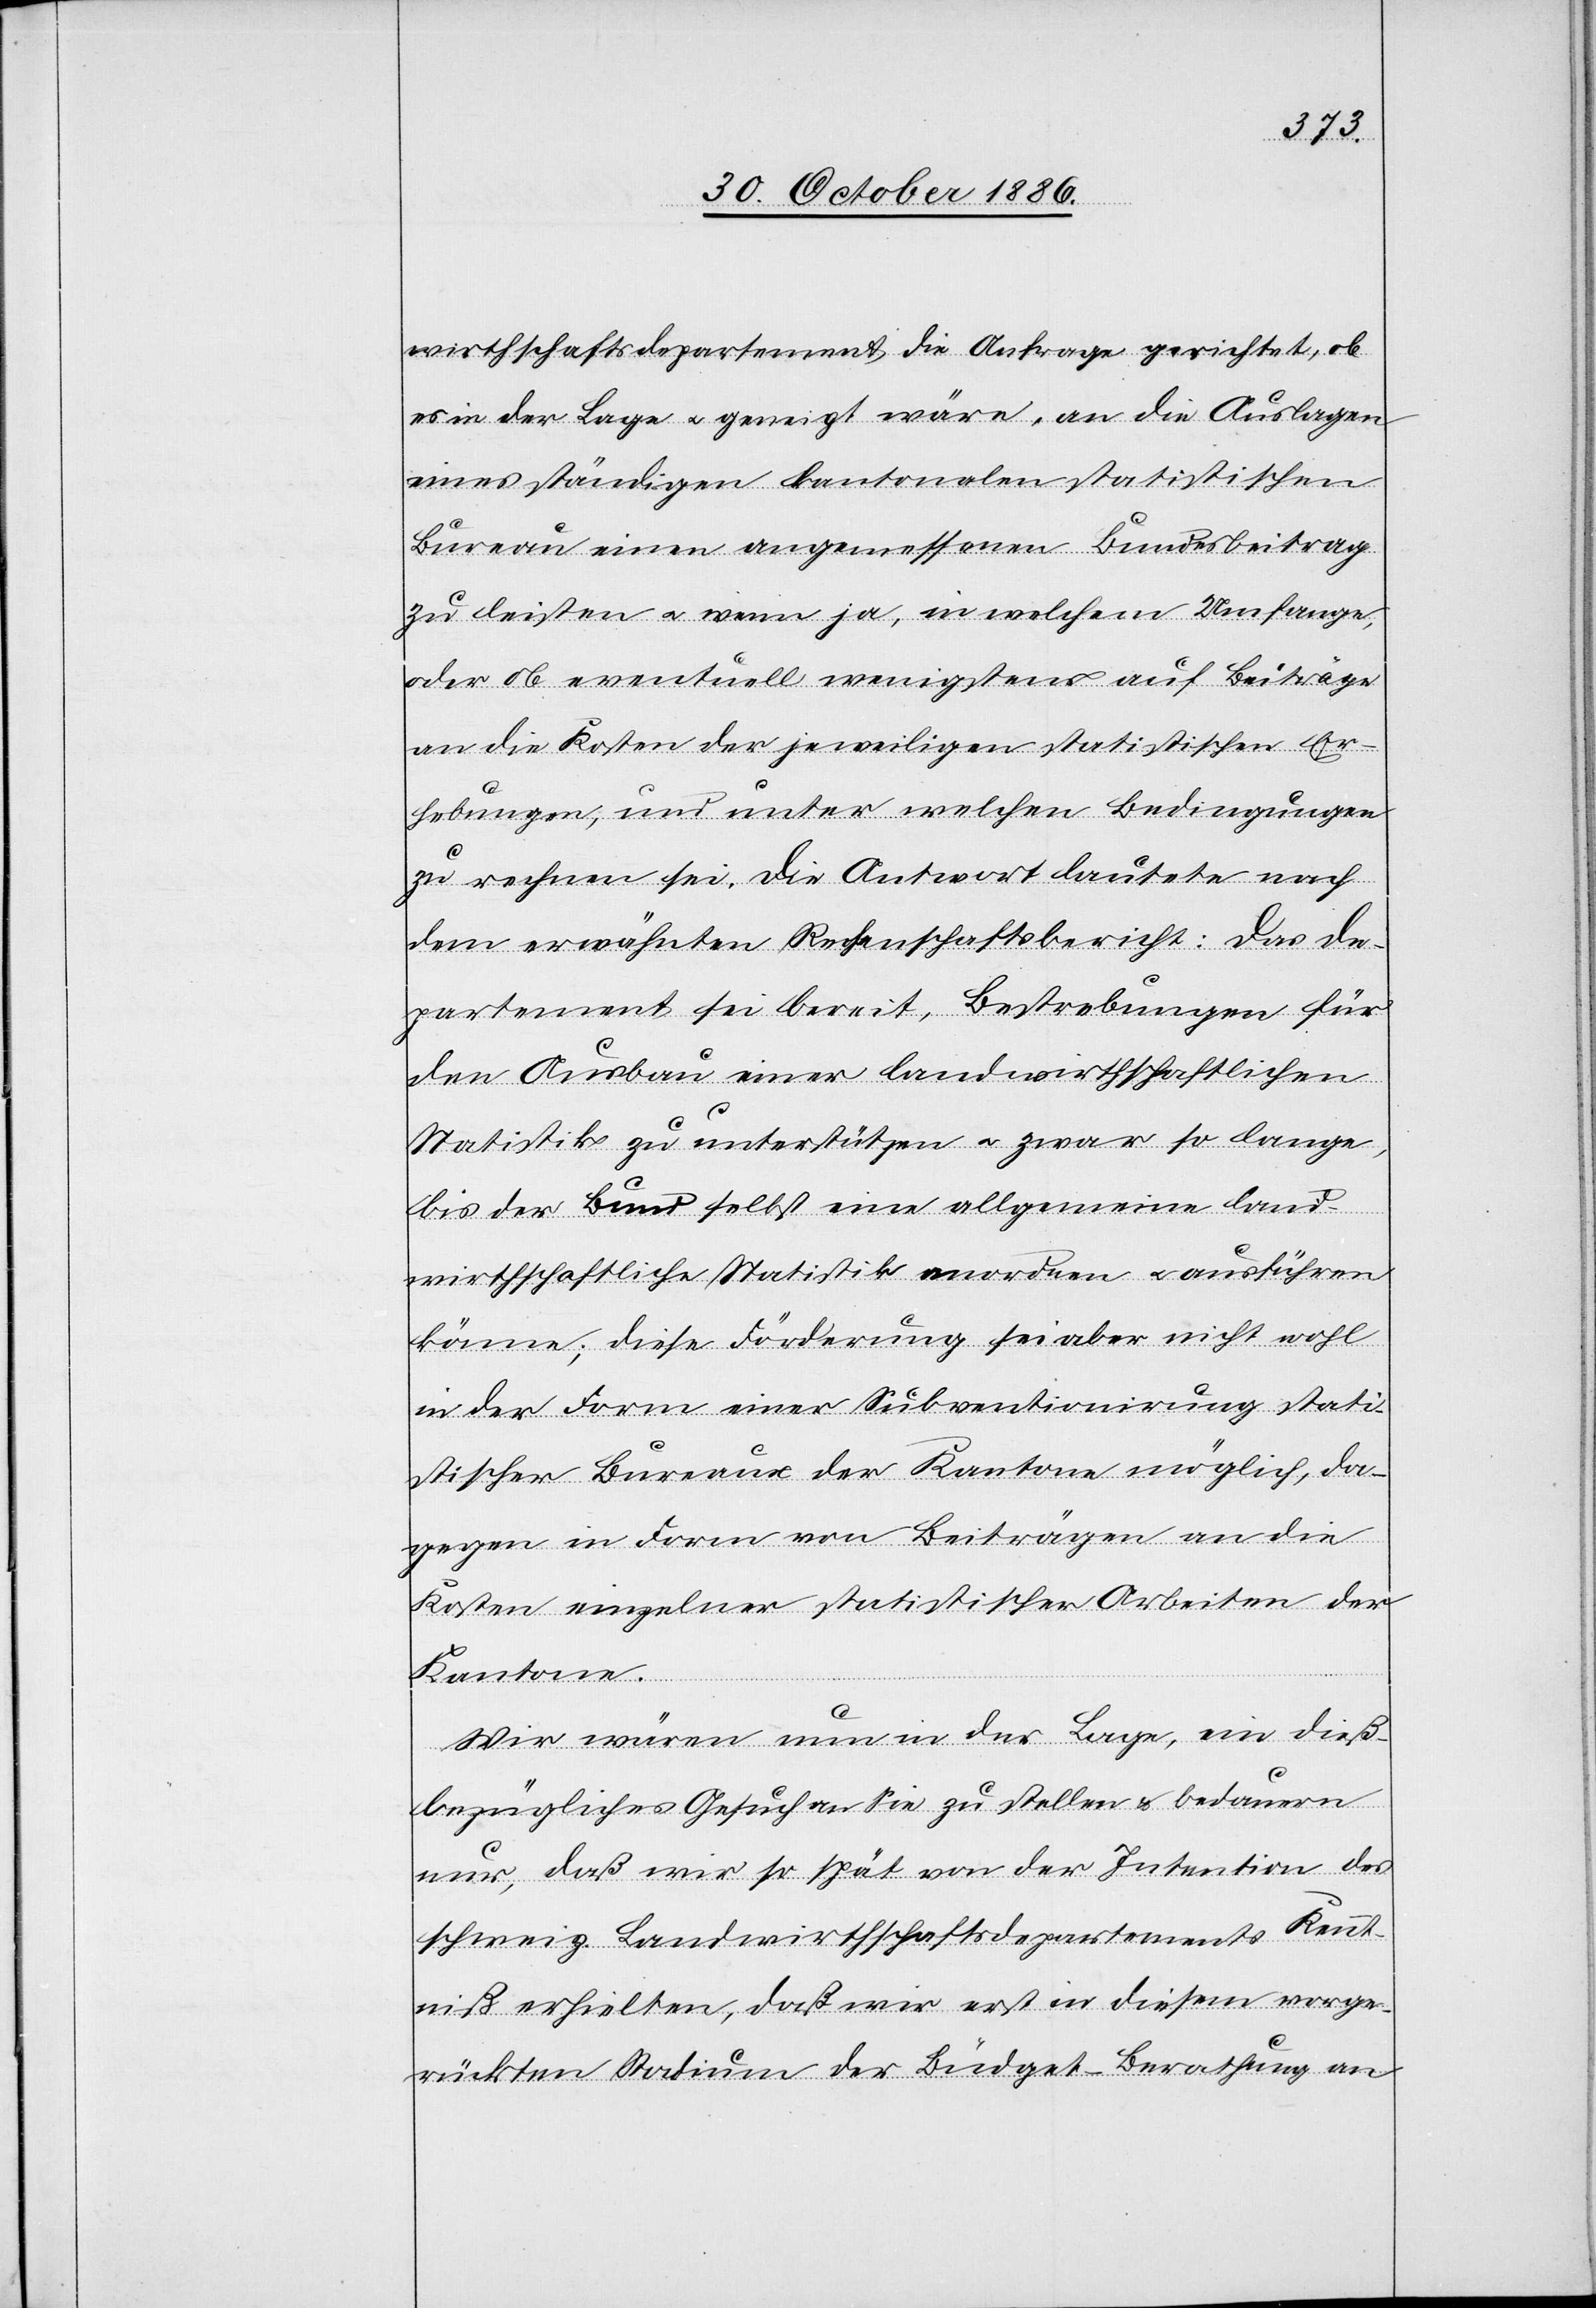
wirthschaftsdepartement die Anfrage gerichtet, ob
es in der Lage & geneigt wäre, an die Auslagen
eines ständigen kantonalen statistischen
Bureau einen angemessenen Bundesbeitrag
zu leisten & wenn ja, in welchem Umfange,
oder ob eventuell wenigstens auf Beiträge
an die Kosten der jeweiligen statistischen Er¬
hebungen, und unter welchen Bedingungen
zu rechnen sei. Die Antwort lautete nach
dem erwähnten Rechenschaftsbericht: Das De¬
partement sei bereit, Bestrebungen für
den Ausbau einer landwirthschaftlichen
Statistik zu unterstützen & zwar so lange,
bis der Bund selbst eine allgemeine land¬
wirthschaftliche Statistik anordnen & ausführen
könne; diese Förderung sei aber nicht wohl
in der Form einer Subventionirung stati¬
stischer Bureaux der Kantone möglich, da¬
gegen in Form von Beiträgen an die
Kosten einzelner statistischer Arbeiten der
Kantone.
Wir wären nun in der Lage, ein dieß¬
bezügliches Gesuch an Sie zu stellen & bedauern
nur, daß wir so spät von der Intention des
schweiz. Landwirthschaftsdepartements Kennt¬
niß erhielten, daß wir erst in diesem vorge¬
rückten Stadium der Büdget-Berathung an